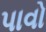
પાવો